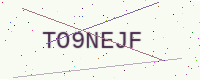
Text: TO9NEJF